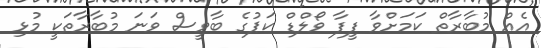
އެއް މުބާރާތް ކަމަށްވާ ފީފާ ވޯލްޑް ކަޕުގެ ބާވީސް ވަނަ މުބާރާތަކީ މުޅި